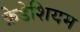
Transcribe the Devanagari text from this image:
क्रेडेशियम